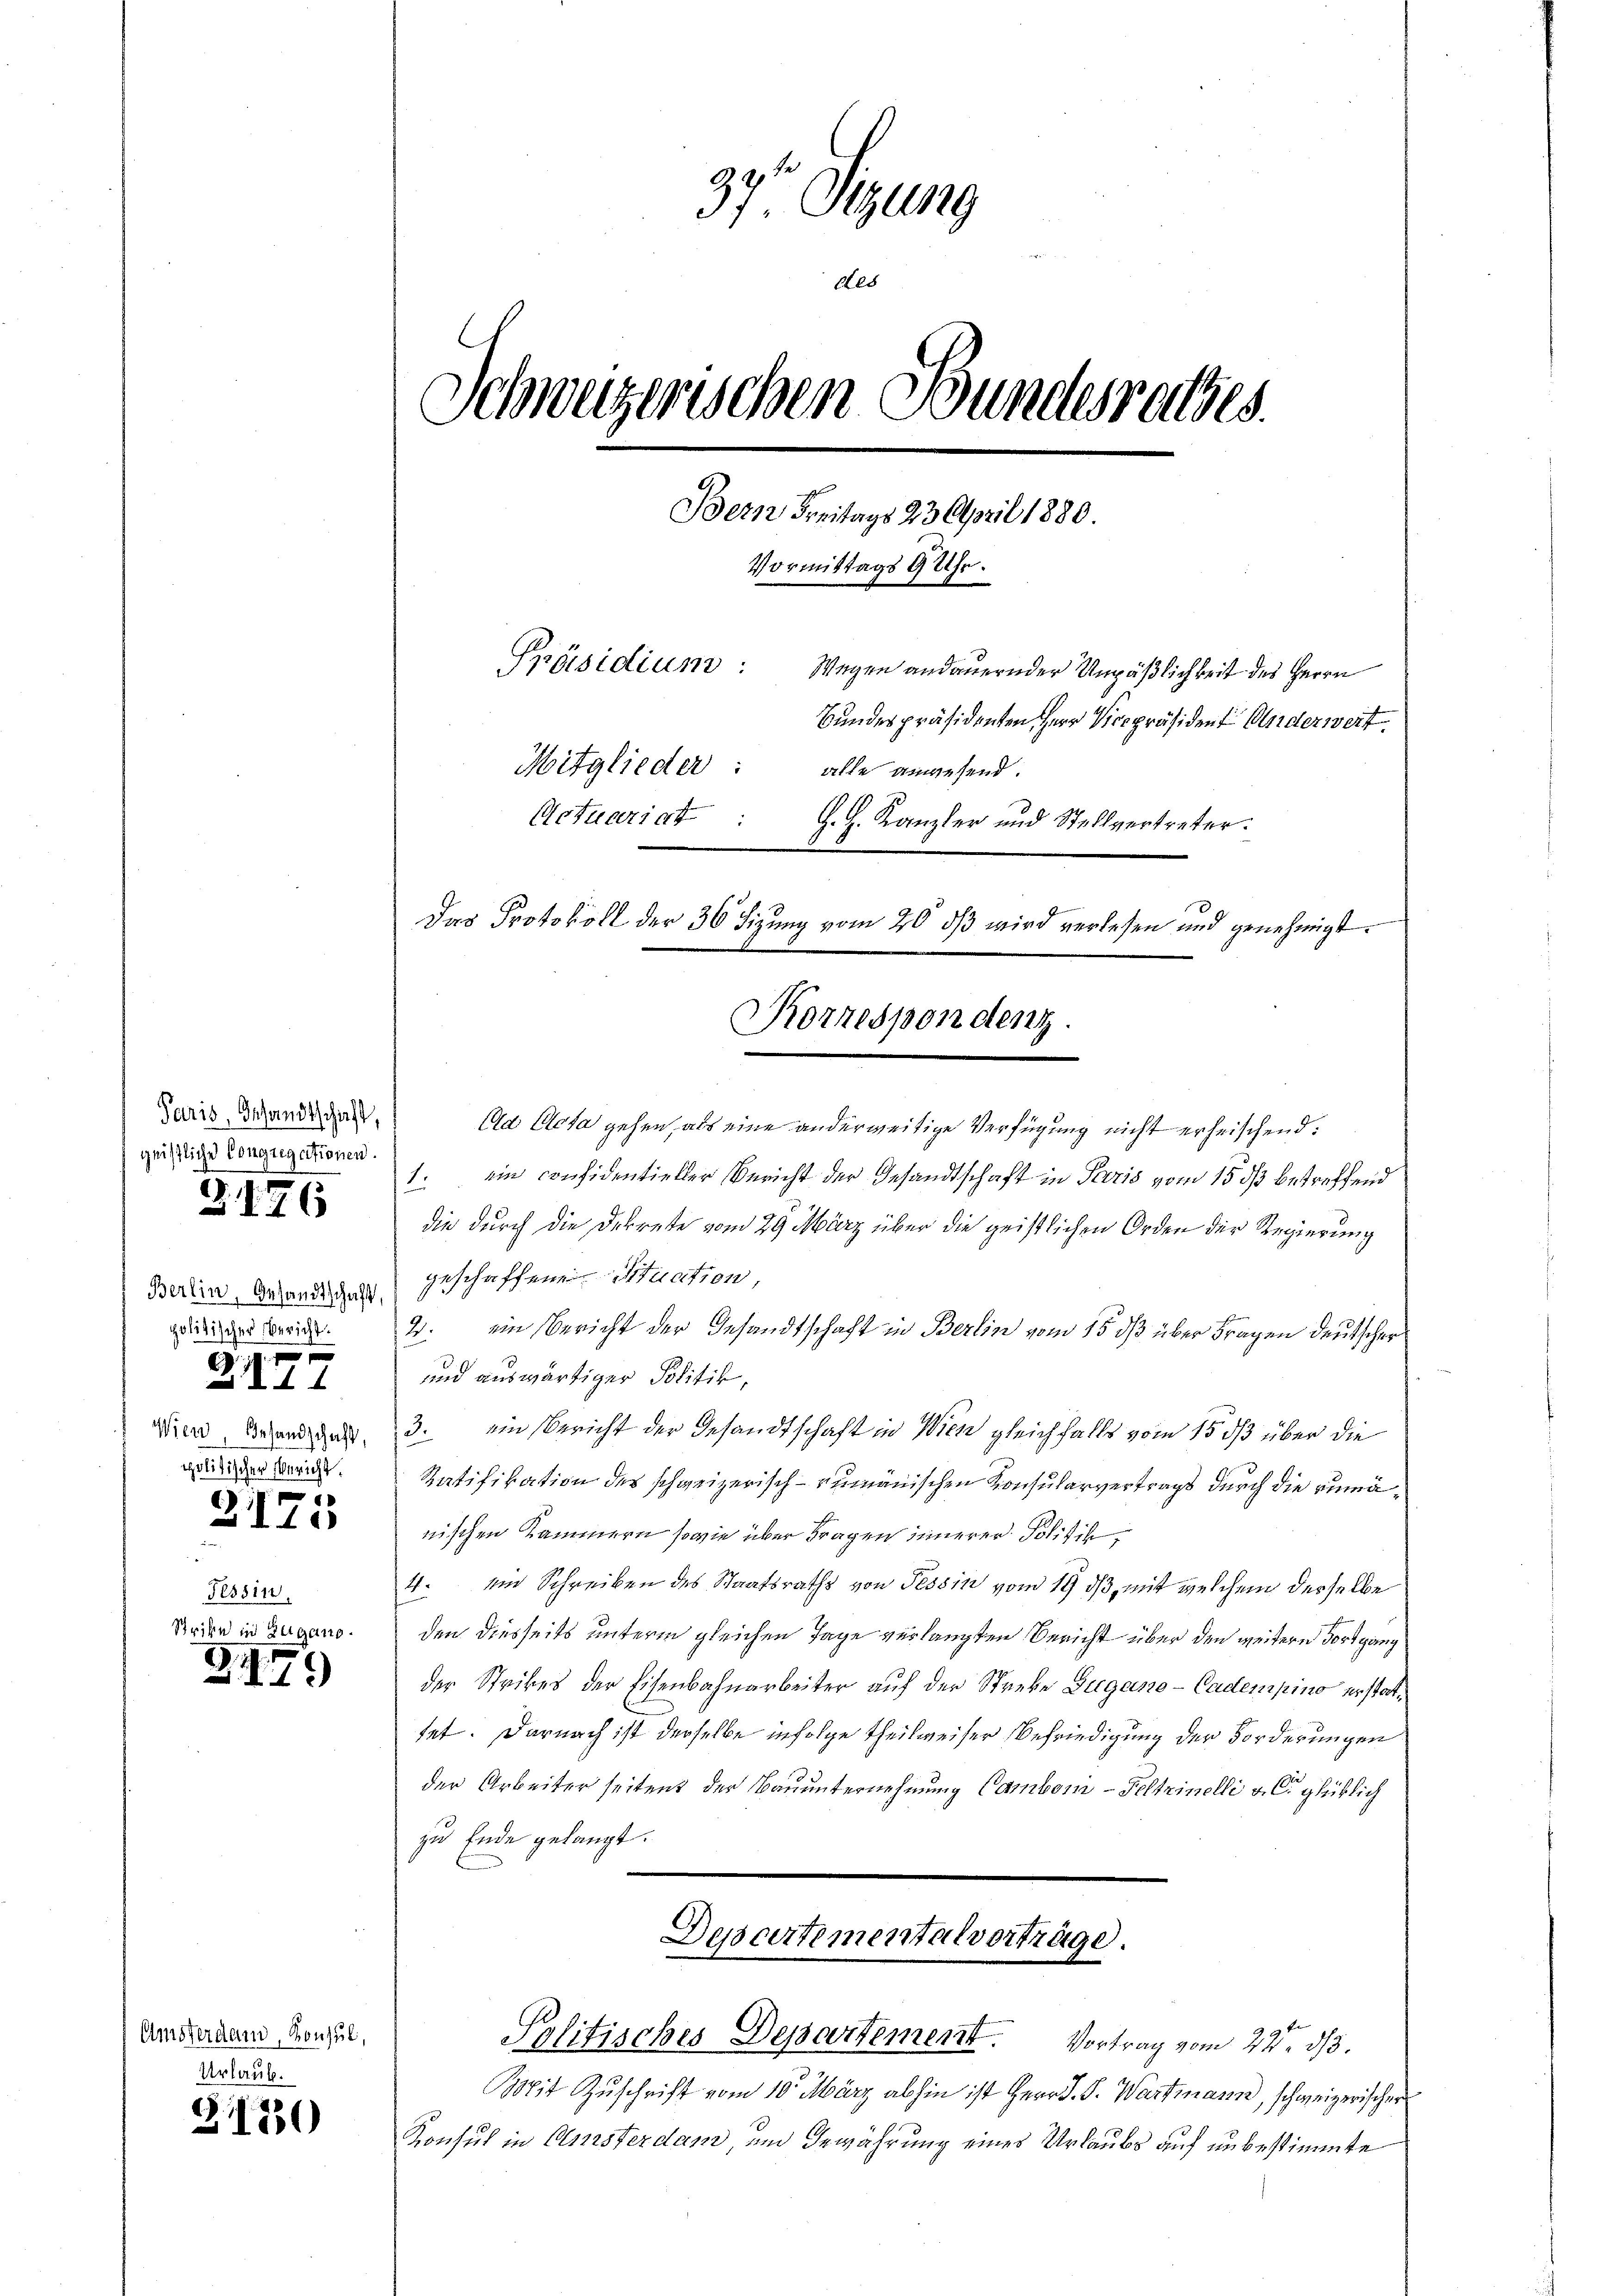
Paris, Gesandtschaft,
geistliche Congregationen.

3176

Berlin, Gesandtschaft,
politischer Bericht.
 xx
e
4 x
Wien, Gesandschaft,
politischer Bericht.

21175

Tessin.
Schribe in Zugano.

G179

Amsterdam, Konsul,
Urlaub.

31120

37t Sitzung
Aes
Schweizerischen Bundesrathes.
Bern Freitags 23. April 1880.
Vormittags 9 Uhr.
Ppräsidium:
Wegen andauernder Unpäßlichkeit des Herrn
Bundespräsidenten Herr Vicepräsident Anderwert
Mitglieder:
alle anwesend.
Actuariat :
G. H. Kanzler und Stellvertreter.
Das Protokoll der 36 Sizung vom 20. ds wird verlesen und genehmigt.
Korrespondenz.

(ad Acta gehen, als eine anderweitige Verfügung nicht erheischend.
1. ein confidentieller Bericht der Gesandtschaft in Paris vom 15. ds betreffend
die durch die Dekrete vom 29. März über die geistlichen Orden der Regierung
geschaffenen Situation,
2. ein Bericht der Gesandtschaft in Berlin vom 15. dß über Fragen deutscher
und auswärtiger Politik,
3. ein Bericht der Gesandtschaft in Wien gleichfalls vom 15. ds über die
Ratifikation des schweizerisch-rumänischen Konsularvertrags durch die rumänischen Kammern sowie über Fragen innerer Politik,
4. und Schreiben des Staatsraths von Tessin vom 19. ds, mit welchem derselbe
den diesseits unterm gleichen Tage verlangten Bericht über den weitere Fortgang
der Strikes der Eisenbahnarbeiter auf der Streke Zugano-Cadempino erstattet. Darnach ist derselbe infolge theilweiser Befriedigung der Forderungen
der Arbeiter seitent der Bauunternehmung Cambom-Feltrinelli v. C glücklich
zu Ende gelangt.
Desartementalverträge.

Politisches Departement. Vortrag vom 22ten d.
Mit Zuschrift vom 10. März abhin ist Herr J. S. Wartmann, schweizerischer
Konsul in Amsterdam und Gewährung eines Urlaubs auf unbestimmte